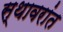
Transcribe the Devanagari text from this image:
स्थावरांत